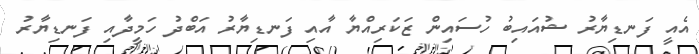
އެއީ ފަނޑިޔާރު ޝުއައިބު ހުސައިން ޒަކަރިއްޔާ އާއި ފަނޑިޔާރު އަބްދު ހަމީދާއި ފަނޑިޔާރު